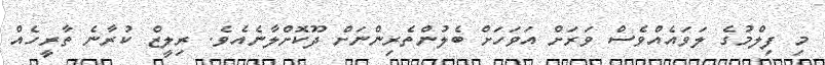
މި ފިލްމުގެ ލަވައެއްވެސް ވަރަށް އަވަހަށް ބެލުންތެރިންނަށް ދޫކޮށްލާނެއެވެ. ރިލީޒް ކުރާނެ ތާރީހެއް